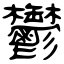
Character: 鬱